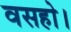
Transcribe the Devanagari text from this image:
वसहो।